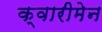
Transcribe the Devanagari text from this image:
क्वारीमेन